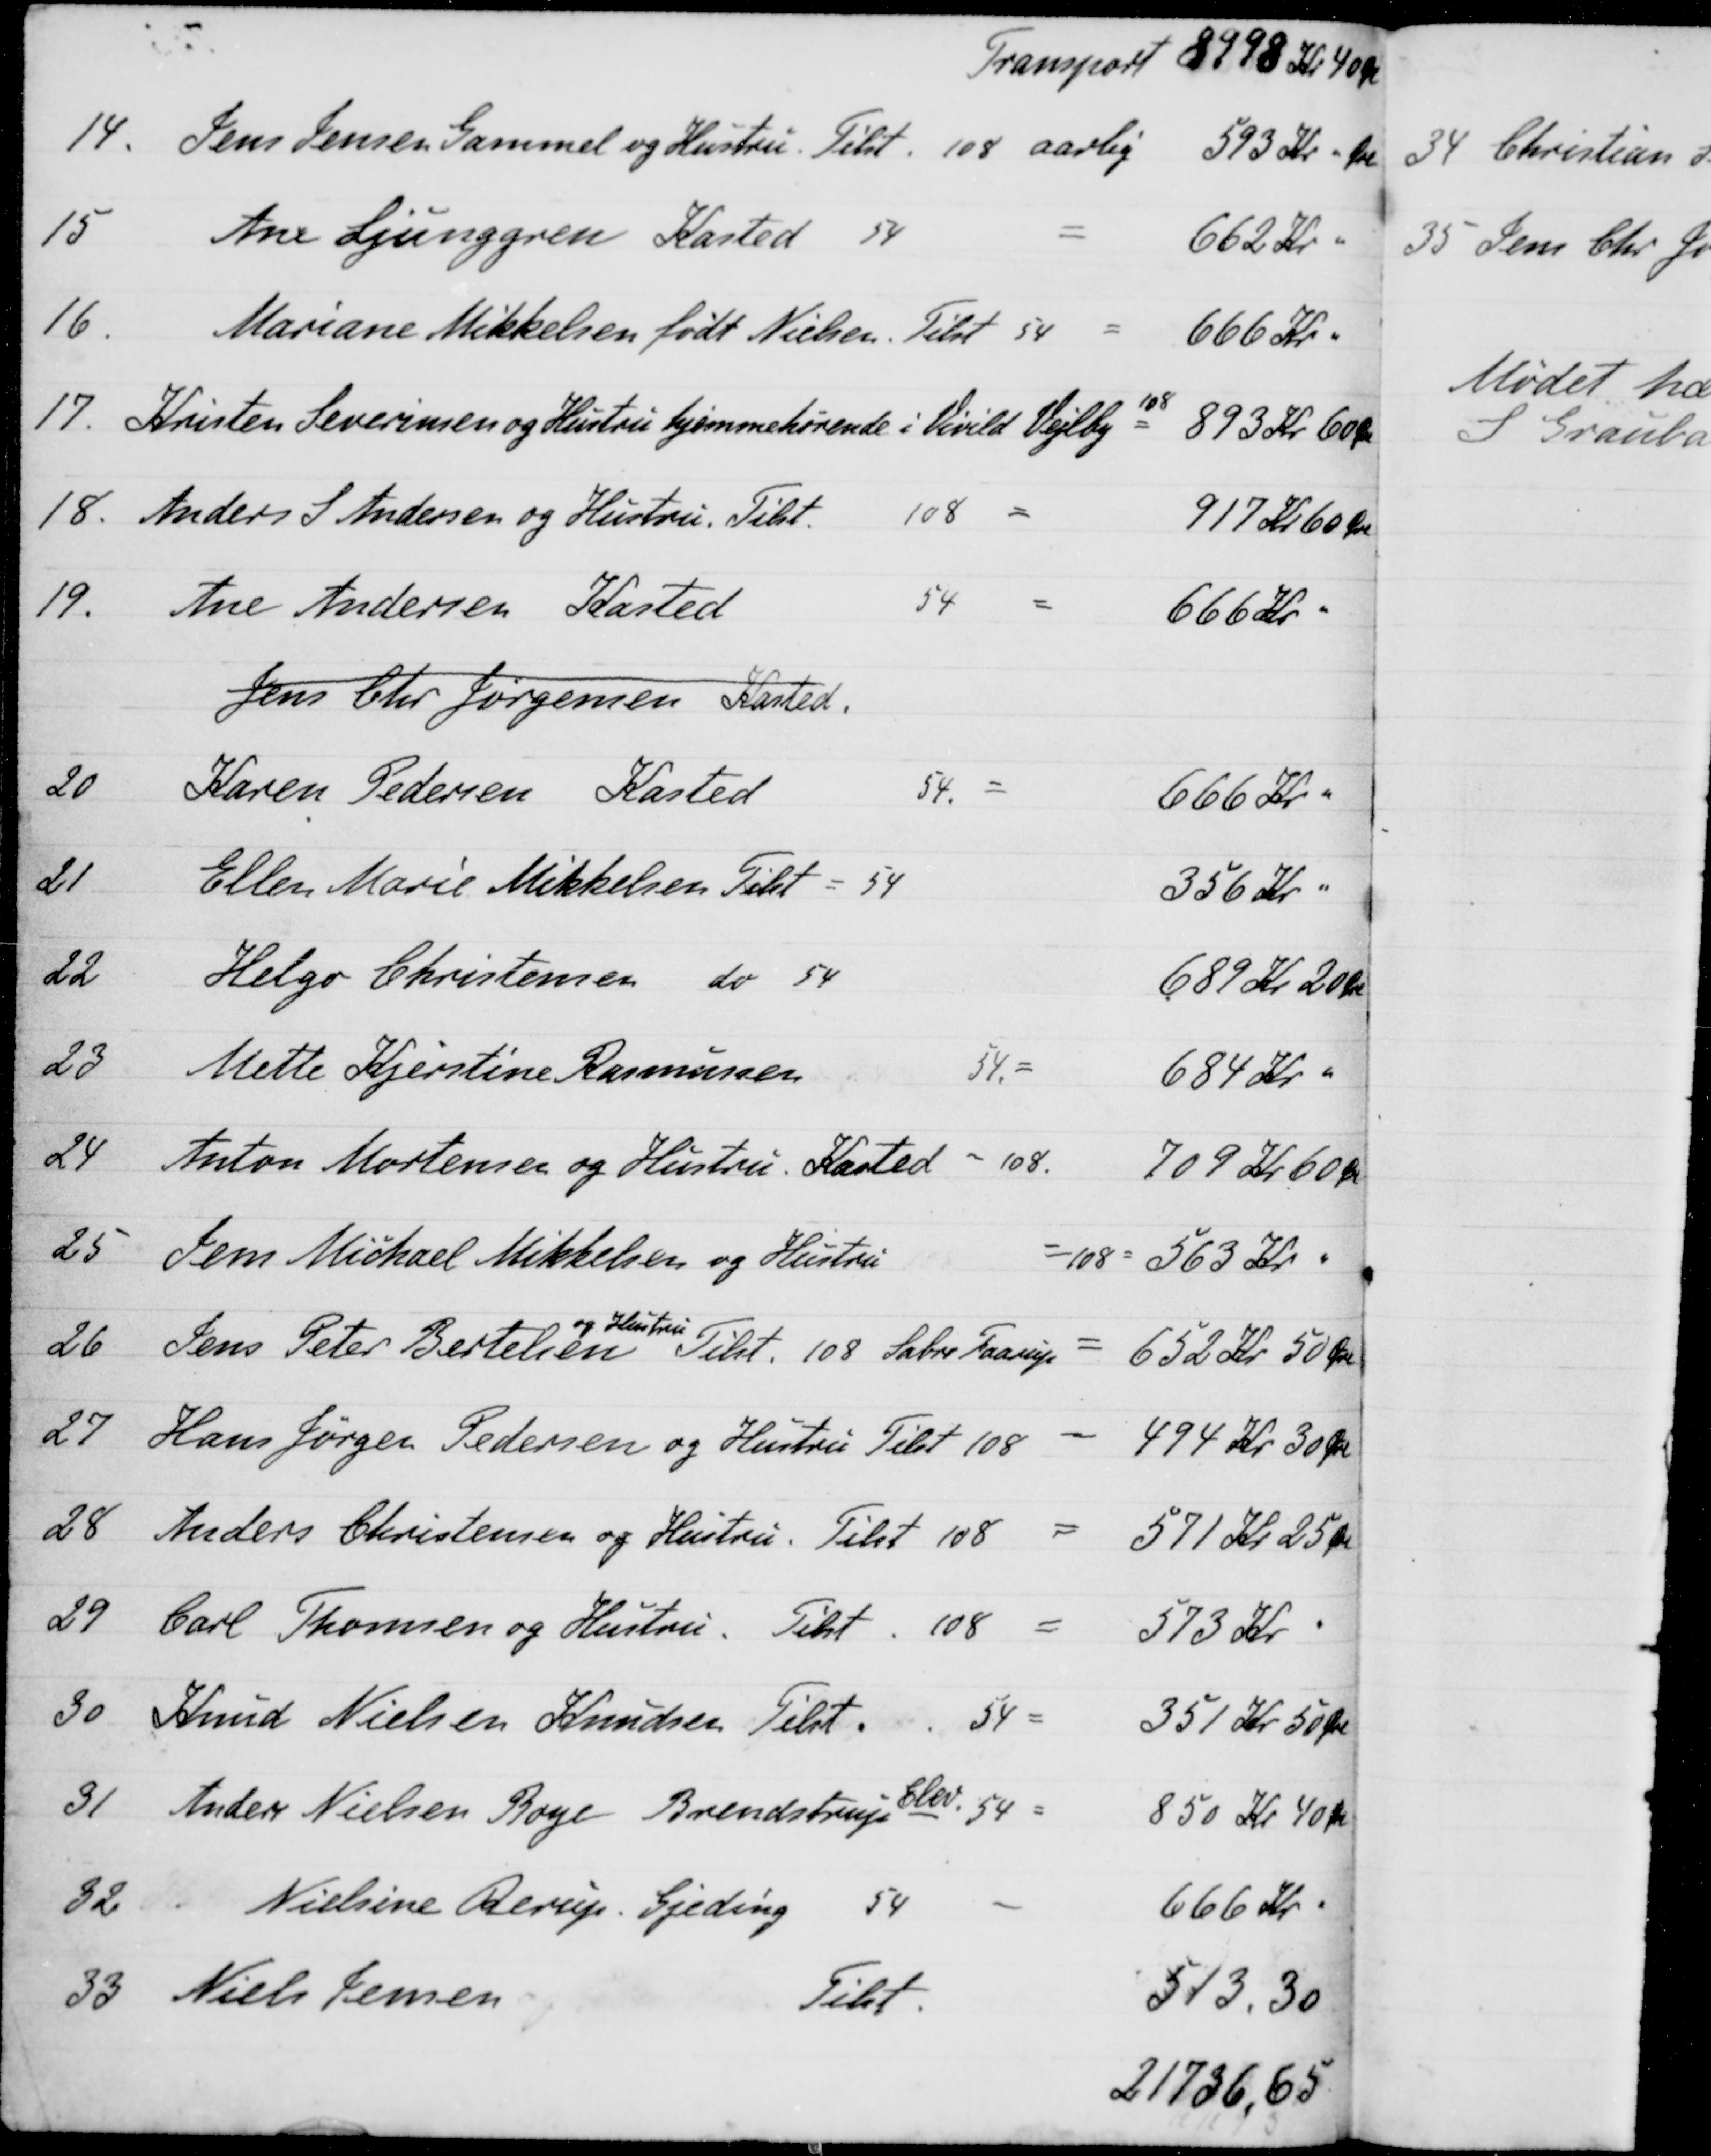
Transskription:
Transport 8998 Kr 40 Øre
14
Jens Jensen Gammel og Hustru. Tilst. 108 aarlig
593 Kr. Øre
15
Ane Ljunggren Kasted
54
662 Kr.
16
Mariane Mikkelsen født Nielsen. Tilst 54
666 Kr.
17.
Kristen Severinsen og Hustru hjemmehørende i Vivild Vejlby
108
893 Kr. 60 Øre
18.
Anders S. Andersen og Hustru. Tilst
108
917 Kr 60 Øre
19.
Ane Andersen Kasted
54
666 Kr.
Jens Chr Jørgensen, Kasted.
20
Karen Pedersen Kasted
54.
666 Kr. "
21
Ellen Marie Mikkelsen Tilst = 54
356 Kr. "
22
Helgo Christensen
do 54
689 Kr 20 Kr
23
Mette Kjerstine Rasmussen
54
684 Kr. "
24
Anton Mortensen og Hustru. Kasted
108.
709 Kr 60 Øre
25
Jens Michael Mikkelsen og Hustru
108
563 Kr. "
26
Jens Peter Bertelsen
og Hustru
Tilst. 108 Sabro Faarup
652 Kr 50 Øre
27
Hans Jørgen Pedersen og Hustru Tilst 108
494 Kr 30 Øre
28
Anders Christensen og Hustru
Tilst 108
571 Kr. 25 Øre
29
Carl Thomsen og Hustru
Tilst
108
573 Kr.
30
Knud Nielsen Knudsen Tilst.
54
351 Kr 50 Øre
31
Anders Nielsen Boye Brendstrup Elev 54
850 Kr 40 Kr
32
Nielsine Rerup. Gjeding
54
666 Kr.
33
Niels Jensen
Tilst
513,30
21736,65